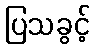
ပြသခွင့်